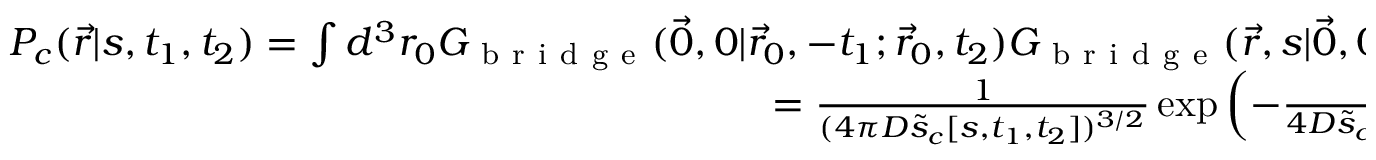
\begin{array} { r } { P _ { c } ( \vec { r } | s , t _ { 1 } , t _ { 2 } ) = \int d ^ { 3 } r _ { 0 } G _ { \mathrm { ~ b ~ r ~ i ~ d ~ g ~ e ~ } } ( \vec { 0 } , 0 | \vec { r } _ { 0 } , - t _ { 1 } ; \vec { r } _ { 0 } , t _ { 2 } ) G _ { \mathrm { ~ b ~ r ~ i ~ d ~ g ~ e ~ } } ( \vec { r } , s | \vec { 0 } , 0 ; \vec { r } _ { 0 } , t _ { 2 } ) = } \\ { = \frac { 1 } { ( 4 \pi D \tilde { s } _ { c } [ s , t _ { 1 } , t _ { 2 } ] ) ^ { 3 / 2 } } \exp \left( - \frac { r ^ { 2 } } { 4 D \tilde { s } _ { c } [ s , t _ { 1 } , t _ { 2 } ] } \right) , } \end{array}